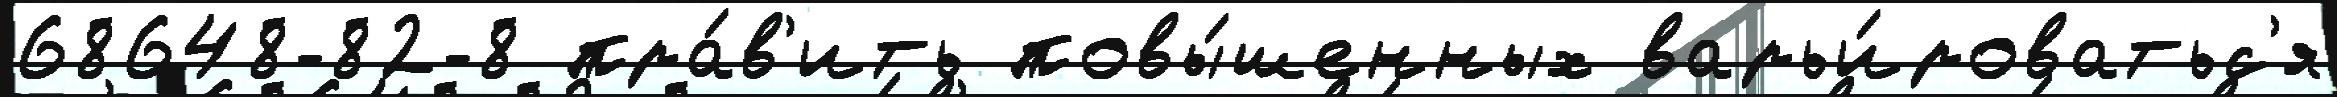
68648-82-8 пра́в'ить повы́шенных варьи́роватьс'я